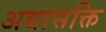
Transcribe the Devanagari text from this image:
अद्यासक्ति